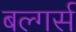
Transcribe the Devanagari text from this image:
बल्गर्स